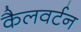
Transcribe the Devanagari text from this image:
कैलवर्टन